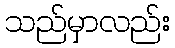
သည်မှာလည်း